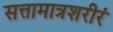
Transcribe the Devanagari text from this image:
सत्तामात्रशरीरं